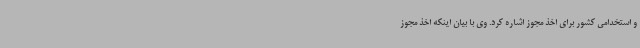
و استخدامی کشور برای اخذ مجوز اشاره کرد. وی با بیان اینکه اخذ مجوز